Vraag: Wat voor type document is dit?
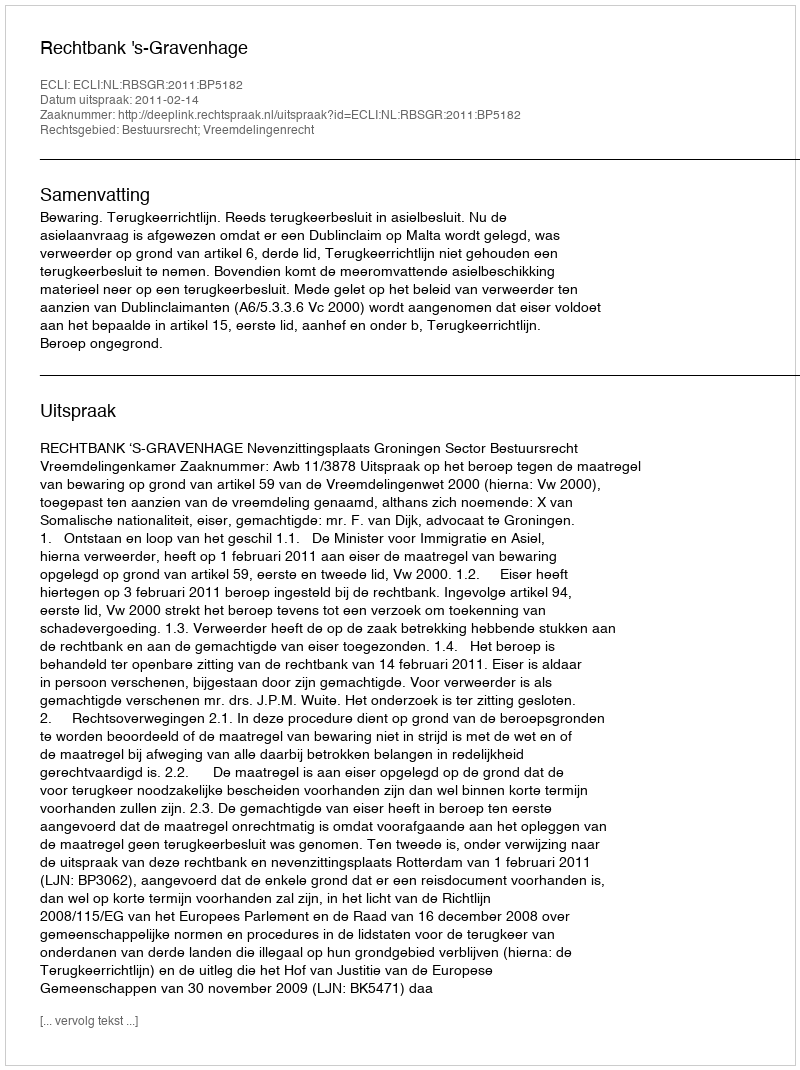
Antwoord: Uitspraak